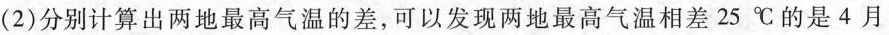
(2)分别计算出两地最高气温的差，可以发现两地最高气温相差25℃的是4月